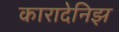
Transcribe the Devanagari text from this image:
कारादेनिझ